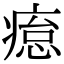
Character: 𤸊